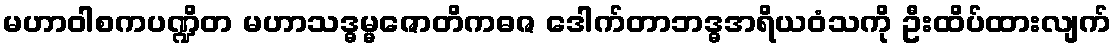
မဟာဝါစကပဏ္ဍိတ မဟာသဒ္ဓမ္မဇောတိကဓဇ ဒေါက်တာဘဒ္ဓအရိယဝံသကို ဦးထိပ်ထားလျက်